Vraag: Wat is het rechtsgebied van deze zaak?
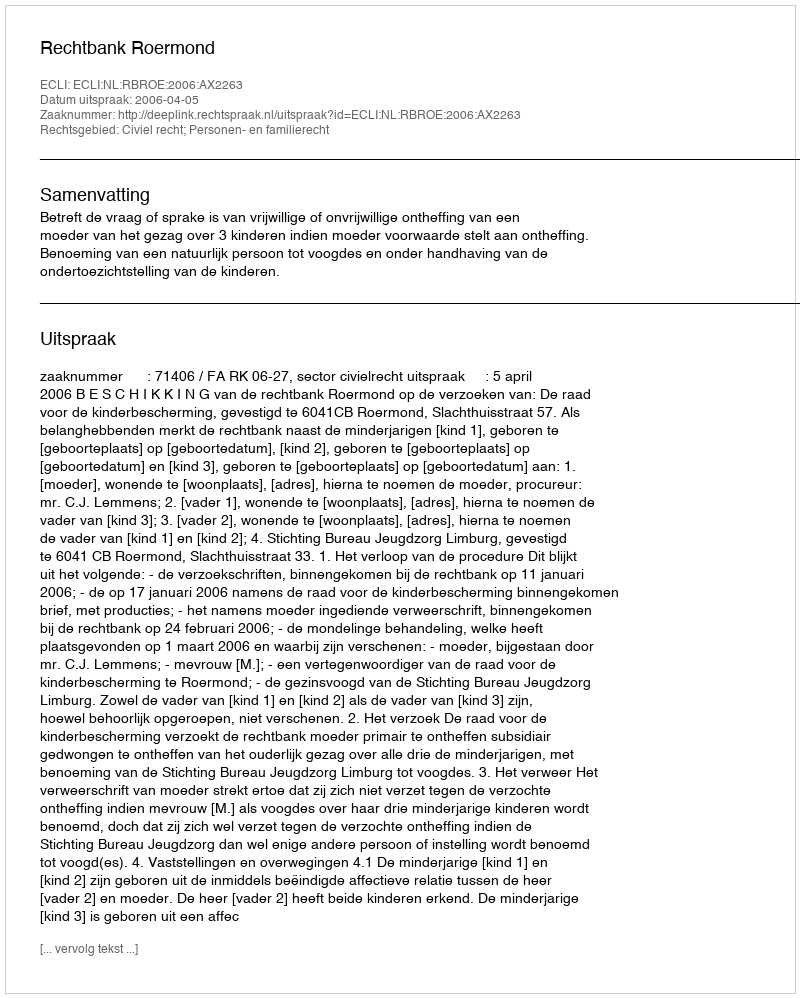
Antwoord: Civiel recht; Personen- en familierecht